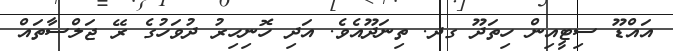
އައްޑޫ ސިޓީއިން ހިތަދޫ ގދ. ތިނަދޫއެވެ. އަދި ހޮނިހިރު ދުވަހުގެ ރޭ ޖަލްސާތައް